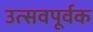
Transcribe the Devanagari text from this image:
उत्सवपूर्वक